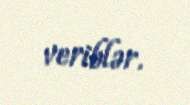
veriblər.